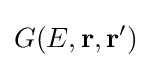
G(E,{\bf {r}},{\bf {r'}})